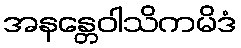
အနန္တေဝါသိကမိဒံ